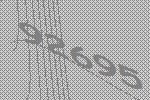
92695